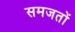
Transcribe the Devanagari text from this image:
समजतों